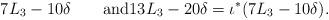
LaTeX: \begin{align*}7L_3-10\delta\qquad\textnormal{and}13L_3-20\delta=\iota^*(7L_3-10\delta) .\end{align*}